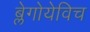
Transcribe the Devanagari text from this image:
ब्लेगोयेविच